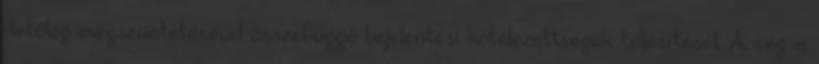
illetőleg megszüntetésével összefüggő bejelentési kötelezettségek teljesítését A cég a